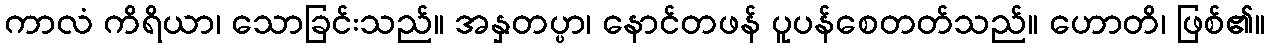
ကာလံ ကိရိယာ၊ သောခြင်းသည်။ အနှတပ္ပာ၊ နောင်တဖန် ပူပန်စေတတ်သည်။ ဟောတိ၊ ဖြစ်၏။